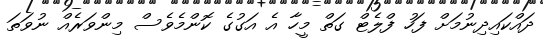
ދައްކައިދިނުމަށް ފަހު ފްލެޓް ގަތް މީހާ އެ އަގުގެ ކޮންމެވެސް މިންވަރެއް ނުވަތަ